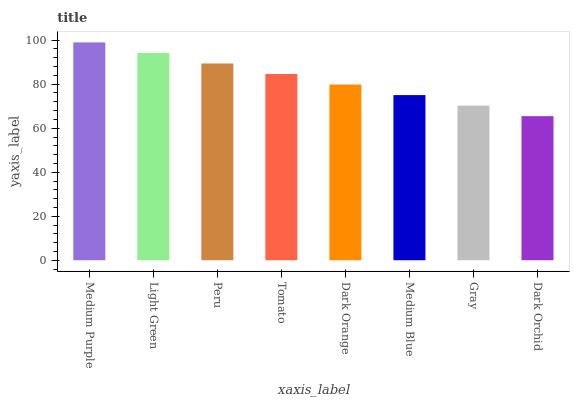
| xaxis_label | bars |
 | --- | --- |
 | Medium Purple | 99 |
 | Light Green | 94.2 |
 | Peru | 89.4 |
 | Tomato | 84.6 |
 | Dark Orange | 79.8 |
 | Medium Blue | 75.1 |
 | Gray | 70.3 |
 | Dark Orchid | 65.5 |